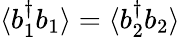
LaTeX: \langle b_{1}^{\dagger}b_{1}\rangle=\langle b_{2}^{\dagger}b_{2}\rangle